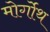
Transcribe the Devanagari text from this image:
मोर्गोथ